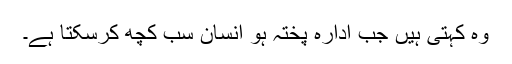
وہ کہتی ہیں جب ادارہ پختہ ہو انسان سب کچھ کرسکتا ہے۔